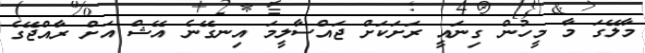
މާލޭގަ މާ މީހުން ގިނައީ ރަށަކަށް ޖައްސާލީމަ އިނގޭނެ އޭޝް އަށް ރާއްޖޭގެ